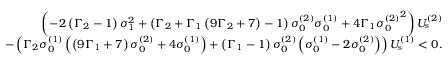
\begin{array} { r } { \left( - 2 \left( \Gamma _ { 2 } - 1 \right) \sigma _ { 1 } ^ { 2 } + \left( \Gamma _ { 2 } + \Gamma _ { 1 } \left( 9 \Gamma _ { 2 } + 7 \right) - 1 \right) \sigma _ { 0 } ^ { ( 2 ) } \sigma _ { 0 } ^ { ( 1 ) } + 4 \Gamma _ { 1 } { \sigma _ { 0 } ^ { ( 2 ) } } ^ { 2 } \right) U _ { \mathrm { s } } ^ { ( 2 ) } } \\ { - \left( \Gamma _ { 2 } \sigma _ { 0 } ^ { ( 1 ) } \left( \left( 9 \Gamma _ { 1 } + 7 \right) \sigma _ { 0 } ^ { ( 2 ) } + 4 \sigma _ { 0 } ^ { ( 1 ) } \right) + \left( \Gamma _ { 1 } - 1 \right) \sigma _ { 0 } ^ { ( 2 ) } \left( \sigma _ { 0 } ^ { ( 1 ) } - 2 \sigma _ { 0 } ^ { ( 2 ) } \right) \right) U _ { \mathrm { s } } ^ { ( 1 ) } < 0 . } \end{array}